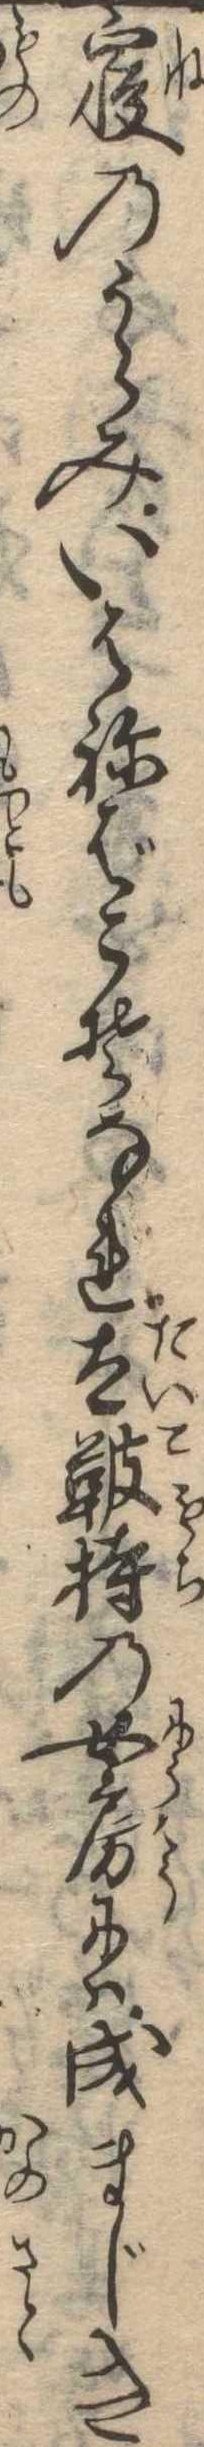
寝のうらみいはねばこそなれ太鞁持の女房には成まじき